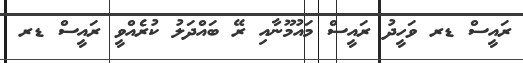
ރައީސް ޑރ ވަހީދު ރައީސް މައުމޫނާއި ރޭ ބައްދަލު ކުރެއްވީ ރައީސް ޑރ